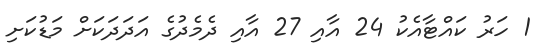
1 ހަރު ކައްޓާއެކު 24 އާއި 27 އާއި ދެމެދުގެ އަދަދަކަށް މަޑުކަށި